Lunatic asylums Bombay report 1891-1903 - 1891-1903
Year: 1891
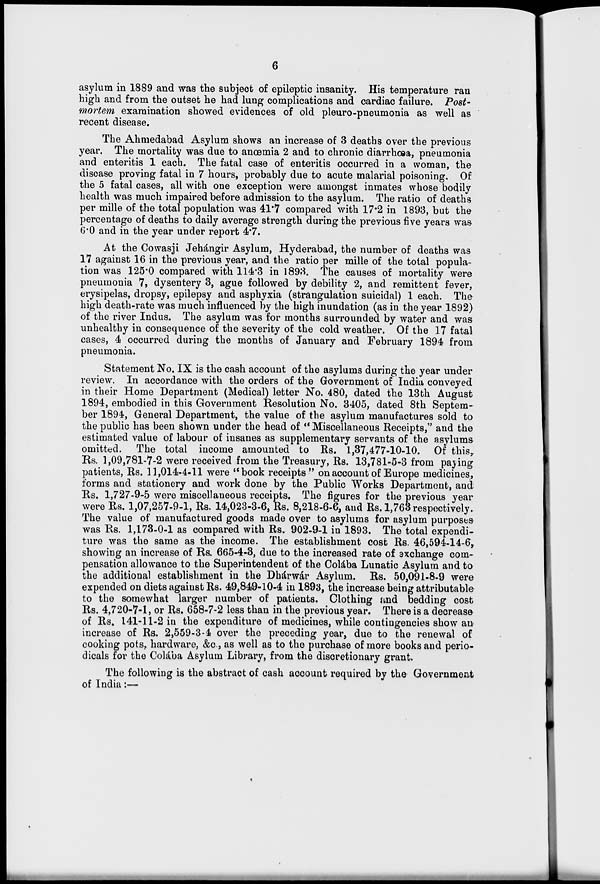
6
asylum in 1889 and was the subject of epileptic insanity. His temperature ran
high and from the outset he had lung complications and cardiac failure. Post-
mortem examination showed evidences of old pleuro-pneumonia as well as
recent disease.
The Ahmedabad Asylum shows an increase of 3 deaths over the previous
year. The mortality was due to anœmia 2 and to chronic diarrhœa, pneumonia
and enteritis 1 each. The fatal case of enteritis occurred in a woman, the
disease proving fatal in 7 hours, probably due to acute malarial poisoning. Of
the 5 fatal cases, all with one exception were amongst inmates whose bodily
health was much impaired before admission to the asylum. The ratio of deaths
per mille of the total population was 41.7 compared with 17.2 in 1893, but the
percentage of deaths to daily average strength during the previous five years was
6.0 and in the year under report 4.7.
At the Cowasji Jehángir Asylum, Hyderabad, the number of deaths was
17 against 16 in the previous year, and the ratio per mille of the total popula-
tion was 125.0 compared with 114.3 in 1893. The causes of mortality were
pneumonia 7, dysentery 3, ague followed by debility 2, and remittent fever,
erysipelas, dropsy, epilepsy and asphyxia (strangulation suicidal) 1 each. The
high death-rate was much influenced by the high inundation (as in the year 1892)
of the river Indus. The asylum was for months surrounded by water and was
unhealthy in consequence of the severity of the cold weather. Of the 17 fatal
cases, 4 occurred during the months of January and February 1894 from
pneumonia.
Statement No. IX is the cash account of the asylums during the year under
review. In accordance with the orders of the Government of India conveyed
in their Home Department (Medical) letter No. 480, dated the 13th August
1894, embodied in this Government Resolution No. 3405, dated 8th Septem-
ber 1894, General Department, the value of the asylum manufactures sold to
the public has been shown under the head of " Miscellaneous Receipts," and the
estimated value of labour of insanes as supplementary servants of the asylums
omitted. The total income amounted to Rs. 1,37,477-10-10. Of this,
Rs. 1,09,781-7-2 were received from the Treasury, Rs. 13,781-5-3 from paying
patients, Rs. 11,014-4-11 were "book receipts" on account of Europe medicines,
forms and stationery and work done by the Public Works Department, and
Rs. 1,727-9-5 were miscellaneous receipts. The figures for the previous year
were Rs. 1,07,257-9-1, Rs. 14,023-3-6, Rs. 8,218-6-6, and Rs. 1,763 respectively.
The value of manufactured goods made over to asylums for asylum purposes
was Rs. 1,173-0-1 as compared with Rs. 902-9-1 in 1893. The total expendi-
ture was the same as the income. The establishment cost Rs. 46,594-14-6,
showing an increase of Rs. 665-4-3, due to the increased rate of exchange com-
pensation allowance to the Superintendent of the Colába Lunatic Asylum and to
the additional establishment in the Dhárwár Asylum. Rs. 50,091-8-9 were
expended on diets against Rs. 49,849-10-4 in 1893, the increase being attributable
to the somewhat larger number of patients. Clothing and bedding cost
Rs. 4,720-7-1, or Rs. 658-7-2 less than in the previous year. There is a decrease
of Rs. 141-11-2 in the expenditure of medicines, while contingencies show an
increase of Rs. 2,559-3-4 over the preceding year, due to the renewal of
cooking pots, hardware, &c., as well as to the purchase of more books and perio-
dicals for the Colába Asylum Library, from the discretionary grant.
The following is the abstract of cash account required by the Government
of India :—